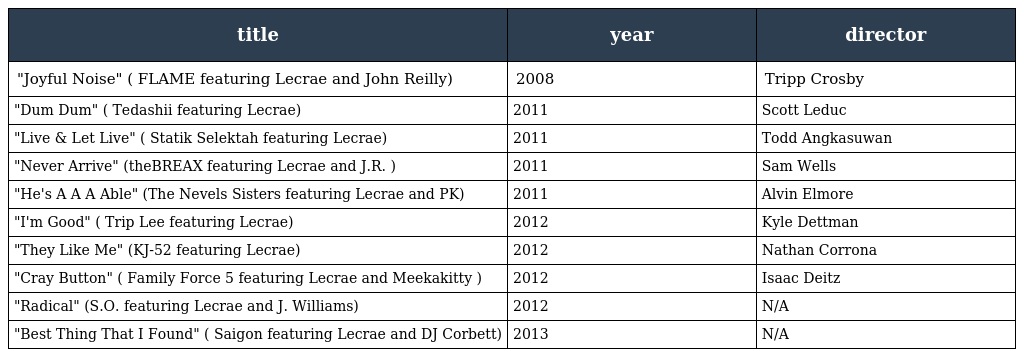
| title | year | director |
 | --- | --- | --- |
 | "Joyful Noise" ( FLAME featuring Lecrae and John Reilly) | 2008 | Tripp Crosby |
 | "Dum Dum" ( Tedashii featuring Lecrae) | 2011 | Scott Leduc |
 | "Live & Let Live" ( Statik Selektah featuring Lecrae) | 2011 | Todd Angkasuwan |
 | "Never Arrive" (theBREAX featuring Lecrae and J.R. ) | 2011 | Sam Wells |
 | "He's A A A Able" (The Nevels Sisters featuring Lecrae and PK) | 2011 | Alvin Elmore |
 | "I'm Good" ( Trip Lee featuring Lecrae) | 2012 | Kyle Dettman |
 | "They Like Me" (KJ-52 featuring Lecrae) | 2012 | Nathan Corrona |
 | "Cray Button" ( Family Force 5 featuring Lecrae and Meekakitty ) | 2012 | Isaac Deitz |
 | "Radical" (S.O. featuring Lecrae and J. Williams) | 2012 | N/A |
 | "Best Thing That I Found" ( Saigon featuring Lecrae and DJ Corbett) | 2013 | N/A |